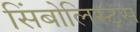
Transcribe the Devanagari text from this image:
सिंबोलिस्ट्स